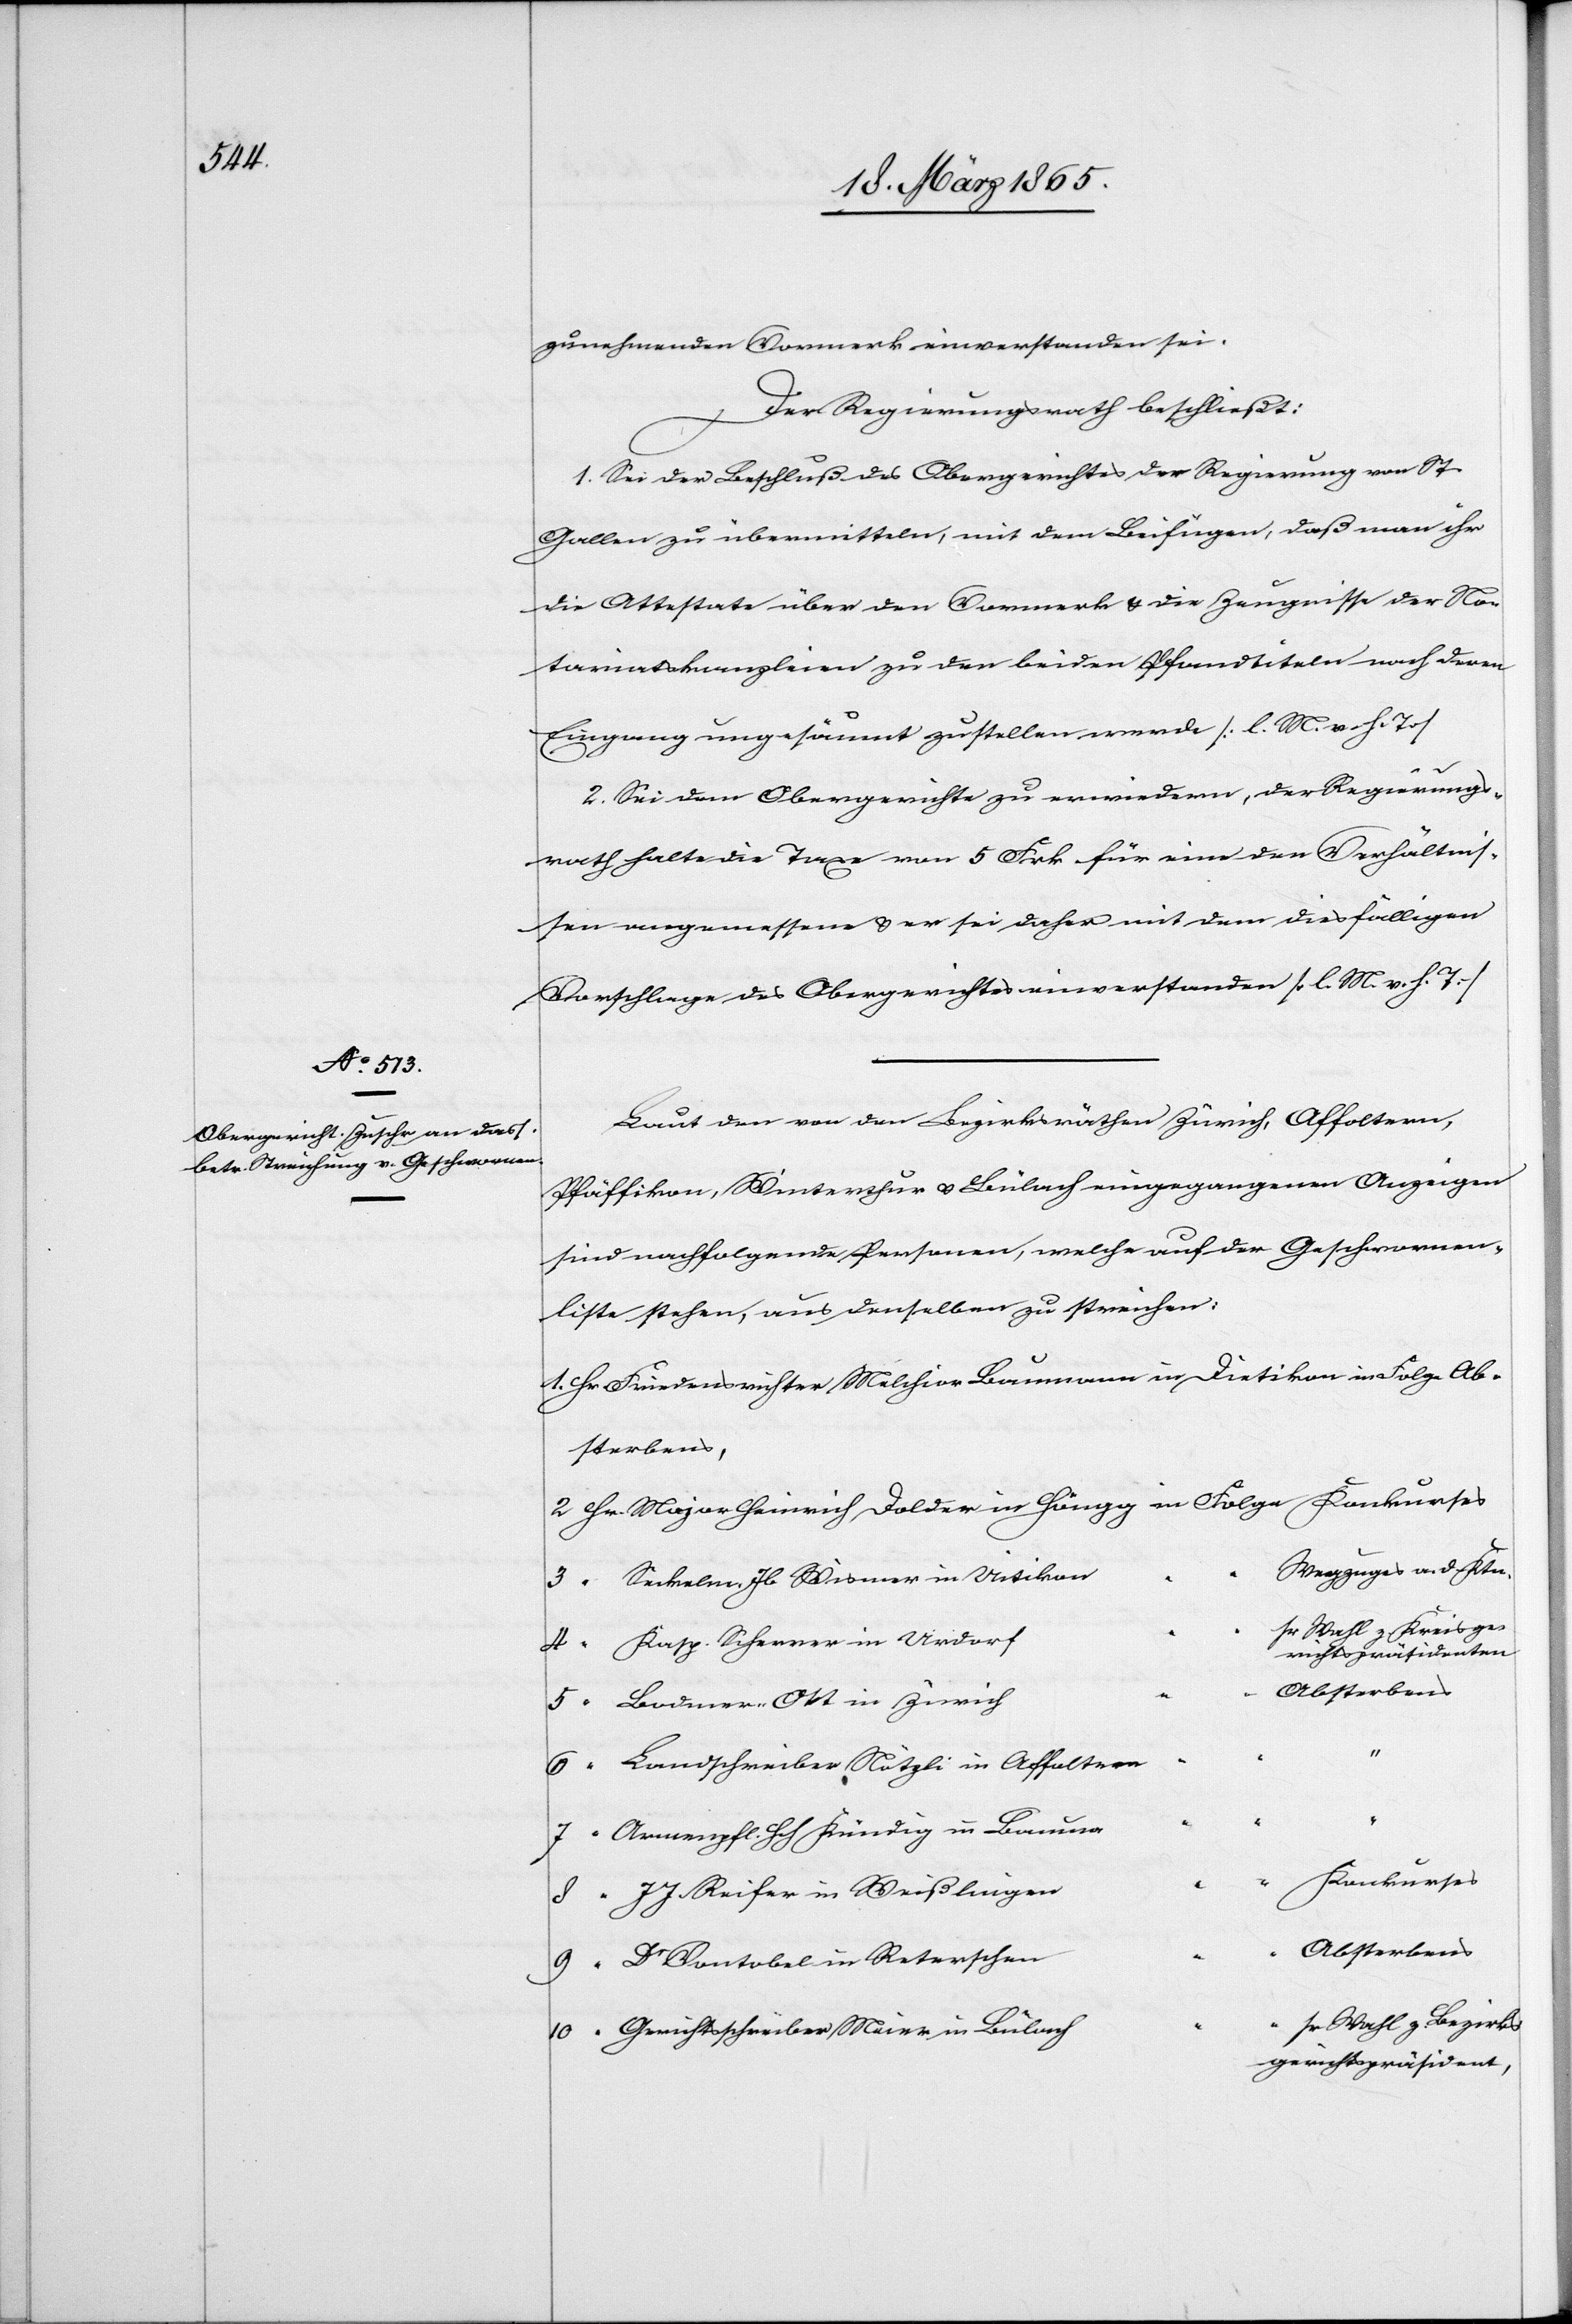
zunehmenden Vormerk einverstanden sei.
Der Regierungsrath beschließt:
1. Sei der Beschluß des Obergerichtes der Regierung von St.
Gallen zu übermitteln, mit dem Beifügen, daß man ihr
die Attestate über den Vormerk & die Zeugnisse der No¬
tariatskanzleien zu den beiden Pfandtiteln nach deren
Eingang ungesäumt zustellen werde [l. M. v. h. T]
2. Sei dem Obergerichte zu erwidern, der Regierungs¬
rath halte die Taxe von 5 Frk für eine den Verhältnis¬
sen angemessene & er sei daher mit dem diesfälligen
Vorschlage des Obergerichtes einverstanden [l. M. v. h. T]
Laut den von den Bezirksräthen Zürich, Affoltern,
Pfäffikon, Winterthur & Bülach eingegangenen Anzeigen
sind nachfolgende Personen, welche auf der Geschwornen¬
liste stehen, aus denselben zu streichen:
1. Hr.	Friedensrichter Melchior Baumann in Dietikon		in Folge	Ab¬
sterbens,
2 Hr.	Major Heinrich Dolder in Höngg				in Folge 	Konkurses
“		Wegzuges a. d. Ktn.
Wahl z. Kreisge¬
richtspräsidenten
“
J.
6 “		Landschreiber Nötzli in Affolter¬
“		Konkurses
h
Wahl z. Bezirks¬
10 “		Gerichtsschreiber Meier in Bülac¬
gerichtspräsident,